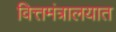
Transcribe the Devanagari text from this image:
वित्तमंत्रालयात